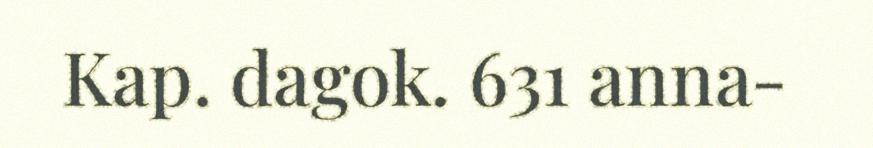
Kap. dagok. 631 anna-